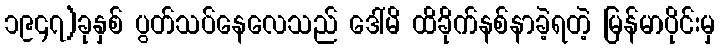
၁၉၄၇)ခုနှစ် ပွတ်သပ်နေလေသည် ဒေါ်မိ ထိခိုက်နစ်နာခဲ့ရတဲ့ မြန်မာပိုင်းမှ